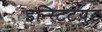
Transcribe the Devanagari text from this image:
इन्स्टिटय़ुट